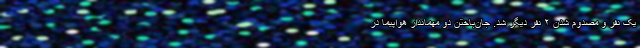
یک نفر و مصدوم شدن ۲ نفر دیگر شد. جان‌باختن دو مهماندار هواپیما در